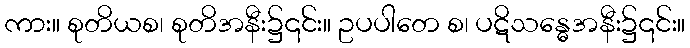
ကား။ စုတိယစ၊ စုတိအနီး၌၎င်း။ ဥပပါတေ စ၊ ပဋိသန္ဓေအနီး၌၎င်း။